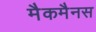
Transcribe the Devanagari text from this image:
मैकमैनस